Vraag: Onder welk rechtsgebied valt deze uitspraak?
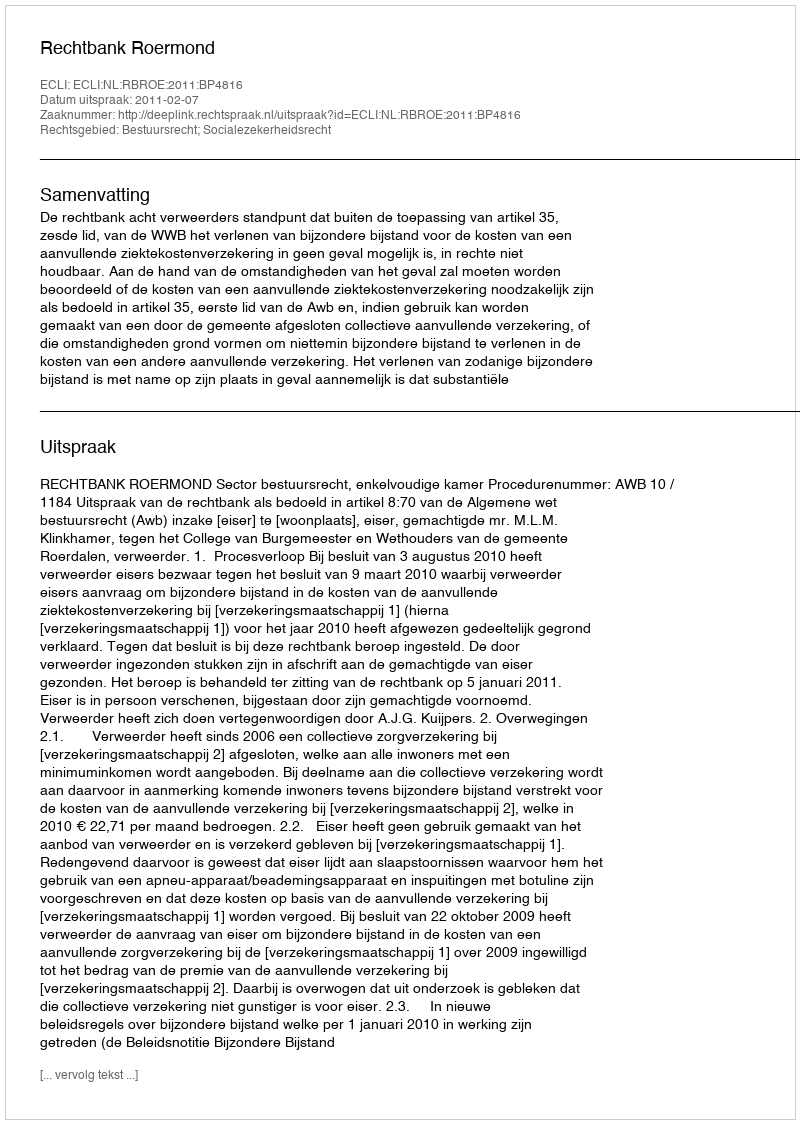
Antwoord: Bestuursrecht; Socialezekerheidsrecht